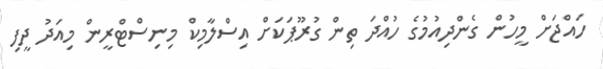
ހައްޖަށް މީހުން ގެންދިއުމުގެ ހުއްދަ ތިން ގުރޫޕަކަށް އިސްލާމިކް މިނިސްޓްރީން މިއަދު ދީފި